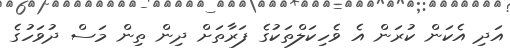
އަދި އެކަން ކުރަން އެ ވެހިކަލްތަކުގެ ފަރާތަށް ދިން ތިން މަސް ދުވަހުގެ